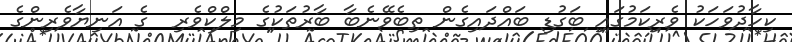
ކިހާދުވަހަކު ވެރިކަމުގައި ބަގުޑި ބައްދައިގެން ތިބެވޭނެބާ ބާރުތަކުގެ މިލްކްވެރި  ގެ އަނިޔާވެރިންގެ